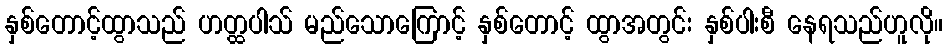
နှစ်တောင့်ထွာသည် ဟတ္ထပါသ် မည်သောကြောင့် နှစ်တောင့် ထွာအတွင်း နှစ်ပါးစီ နေရသည်ဟူလို။